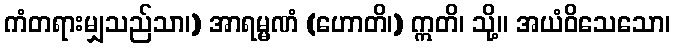
ကံတရားမျှသည်သာ၊) အာရမ္မဏံ (ဟောတိ၊) ဣတိ၊ သို့။ အယံဝိသေသော၊